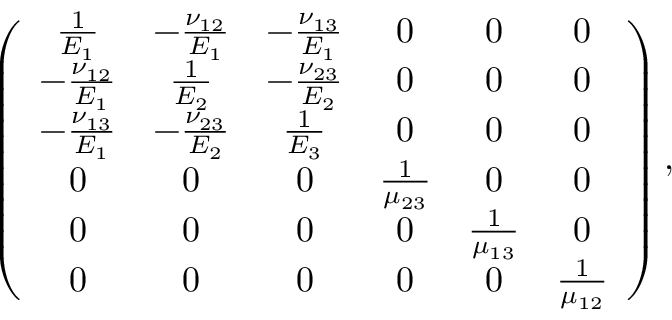
\left( \begin{array} { c c c c c c } { \frac { 1 } { E _ { 1 } } } & { - \frac { \nu _ { 1 2 } } { E _ { 1 } } } & { - \frac { \nu _ { 1 3 } } { E _ { 1 } } } & { 0 } & { 0 } & { 0 } \\ { - \frac { \nu _ { 1 2 } } { E _ { 1 } } } & { \frac { 1 } { E _ { 2 } } } & { - \frac { \nu _ { 2 3 } } { E _ { 2 } } } & { 0 } & { 0 } & { 0 } \\ { - \frac { \nu _ { 1 3 } } { E _ { 1 } } } & { - \frac { \nu _ { 2 3 } } { E _ { 2 } } } & { \frac { 1 } { E _ { 3 } } } & { 0 } & { 0 } & { 0 } \\ { 0 } & { 0 } & { 0 } & { \frac { 1 } { \mu _ { 2 3 } } } & { 0 } & { 0 } \\ { 0 } & { 0 } & { 0 } & { 0 } & { \frac { 1 } { \mu _ { 1 3 } } } & { 0 } \\ { 0 } & { 0 } & { 0 } & { 0 } & { 0 } & { \frac { 1 } { \mu _ { 1 2 } } } \end{array} \right) ,